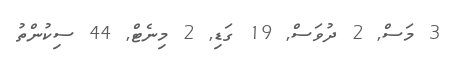
3 މަސް